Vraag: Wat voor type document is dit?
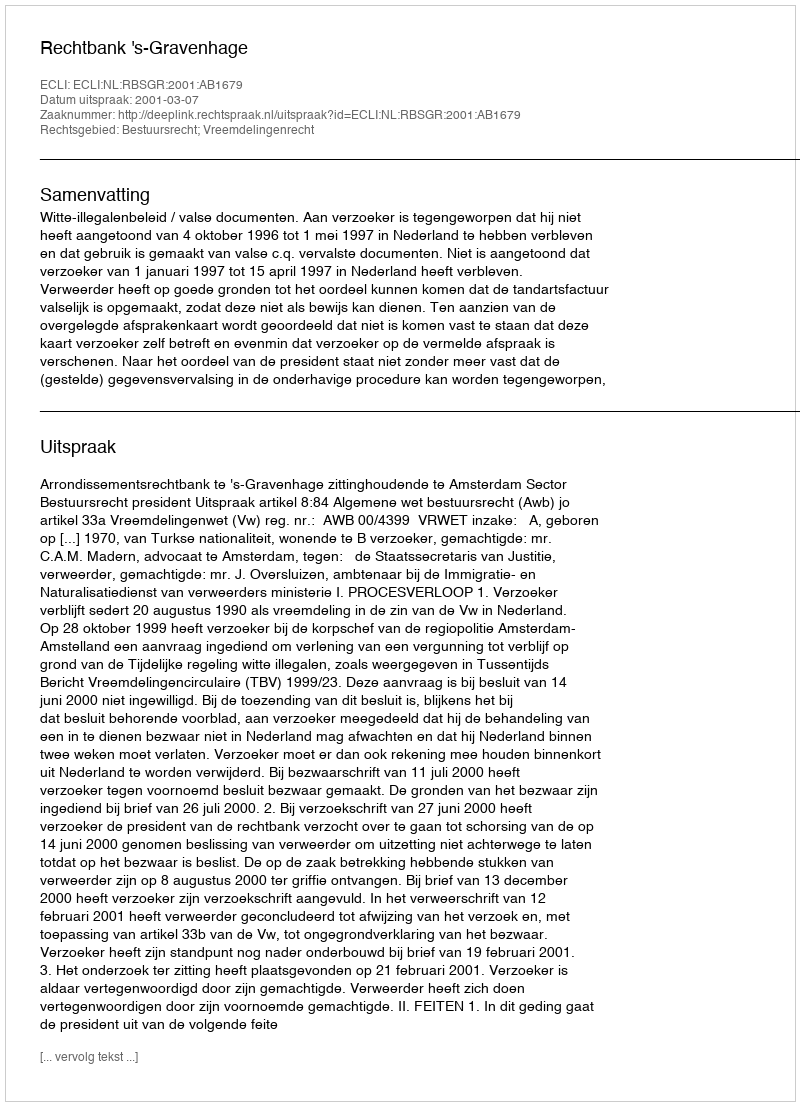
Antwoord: Uitspraak